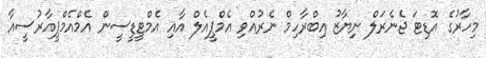
މިހާރުގެ އޮޑިޓަ ޖެނެރަލް ނިިޔާޒު އިބްރާހިމް ނެރުއްވި އެމްޕީއެލް އާއި އެމްޓީޑީސީން އެމްއެމްޕީއާރުސީއާ